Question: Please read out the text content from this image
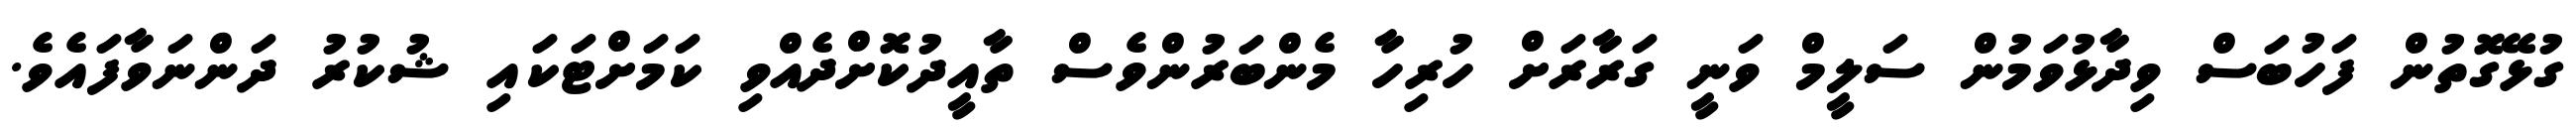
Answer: ގުޅޭގޮތުން ފަހުބަސް ވިދާޅުވަމުން ސަލީމް ވަނީ ގަރާރަށް ހުރިހާ މެންބަރުންވެސް ތާއީދުކޮށްދެއްވި ކަމަށްޓަކައި ޝުކުރު ދަންނަވާފައެވެ.